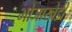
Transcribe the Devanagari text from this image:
भोजाखेडी